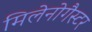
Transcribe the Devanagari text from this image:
मिलेनोगैस्टर